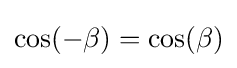
\cos(-\beta )=\cos(\beta )